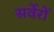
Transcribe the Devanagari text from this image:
सर्वेरों